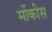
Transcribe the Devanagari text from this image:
मोंकीस